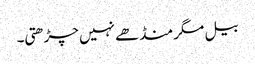
بیل مگر منڈھے نہیں چڑھتی۔